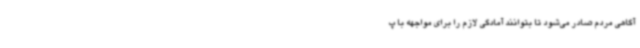
آگاهی مردم صادر می‌شود تا بتوانند آمادگی لازم را برای مواجهه با پ